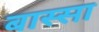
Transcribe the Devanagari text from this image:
बास्सा